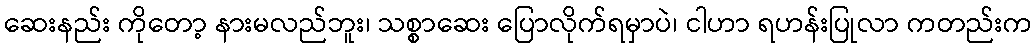
ဆေးနည်း ကိုတော့ နားမလည်ဘူး၊ သစ္စာဆေး ပြောလိုက်ရမှာပဲ၊ ငါဟာ ရဟန်းပြုလာ ကတည်းက